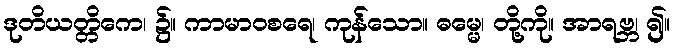
ဒုတိယတ္တိကေ၊ ၌။ ကာမာဝစရေ၊ ကုန်သော။ ဓမ္မေ၊ တို့ကို။ အာရဗ္ဘ၊ ၍။